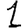
Digit: 1